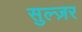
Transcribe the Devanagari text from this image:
सुल्ज़र